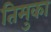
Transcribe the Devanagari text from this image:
तिमुका